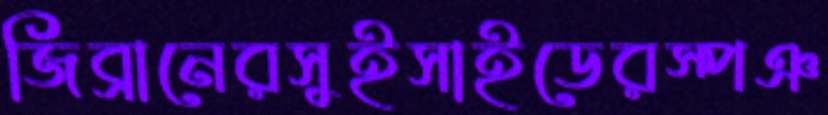
জিব্রানেরসুইসাইডেরস্পঞ